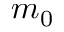
m _ { 0 }